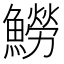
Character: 䲏